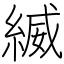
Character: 縅